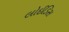
લોઈડિસ